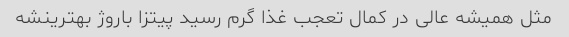
مثل همیشه عالی در کمال تعجب غذا گرم رسید پیتزا باروژ بهترینشه